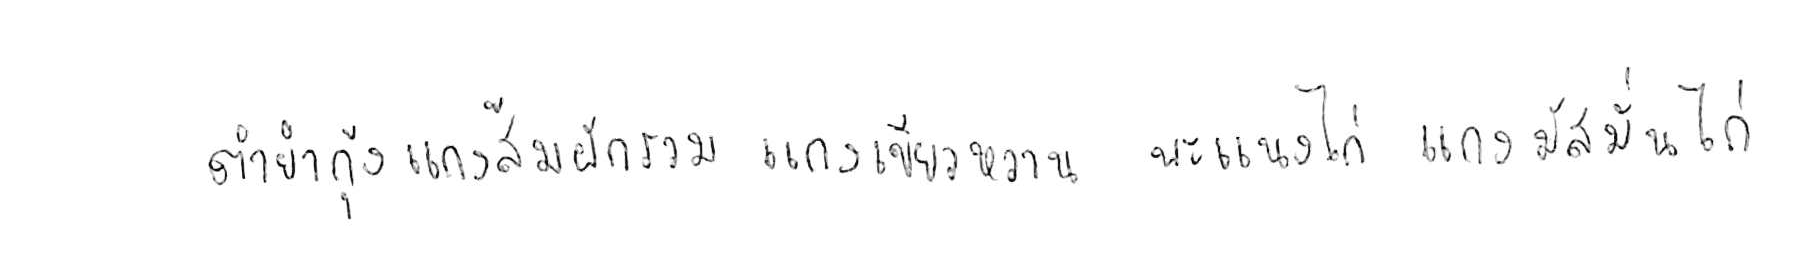
ต้มยำกุ้ง แกงส้มผักรวม แกงเขียวหวาน พะแนงไก่ แกงมัสมั่นไก่